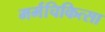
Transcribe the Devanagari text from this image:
मर्मचिकित्सा